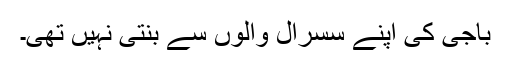
باجی کی اپنے سسرال والوں سے بنتی نہیں تھی۔